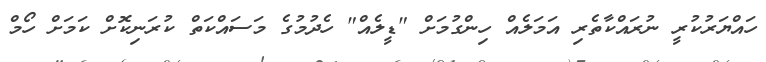
ހައްޔަރުކުރީ ނުރައްކާތެރި އަމަލެއް ހިންގުމަށް "ޑީލެއް" ހެދުމުގެ މަސައްކަތް ކުރަނިކޮށް ކަމަށް ހޯމް